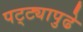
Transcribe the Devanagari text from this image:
पट्ट्यापुढे